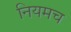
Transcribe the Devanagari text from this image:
नियमच